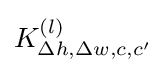
K_{\Delta h,\Delta w,c,c'}^{(l)}